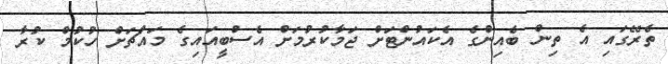
ތެރޭގައި އެ ތިން ބެއިންގެ އެކައުންޓަށް ޖަމާކުރުމަށް އެސްބީއައިގެ މައްޗަށް ހުކުމް ކުރާ